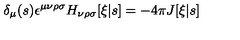
\delta _ { \mu } ( s ) \epsilon ^ { \mu \nu \rho \sigma } H _ { \nu \rho \sigma } [ \xi | s ] = - 4 \pi J [ \xi | s ]